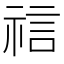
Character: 𫀎